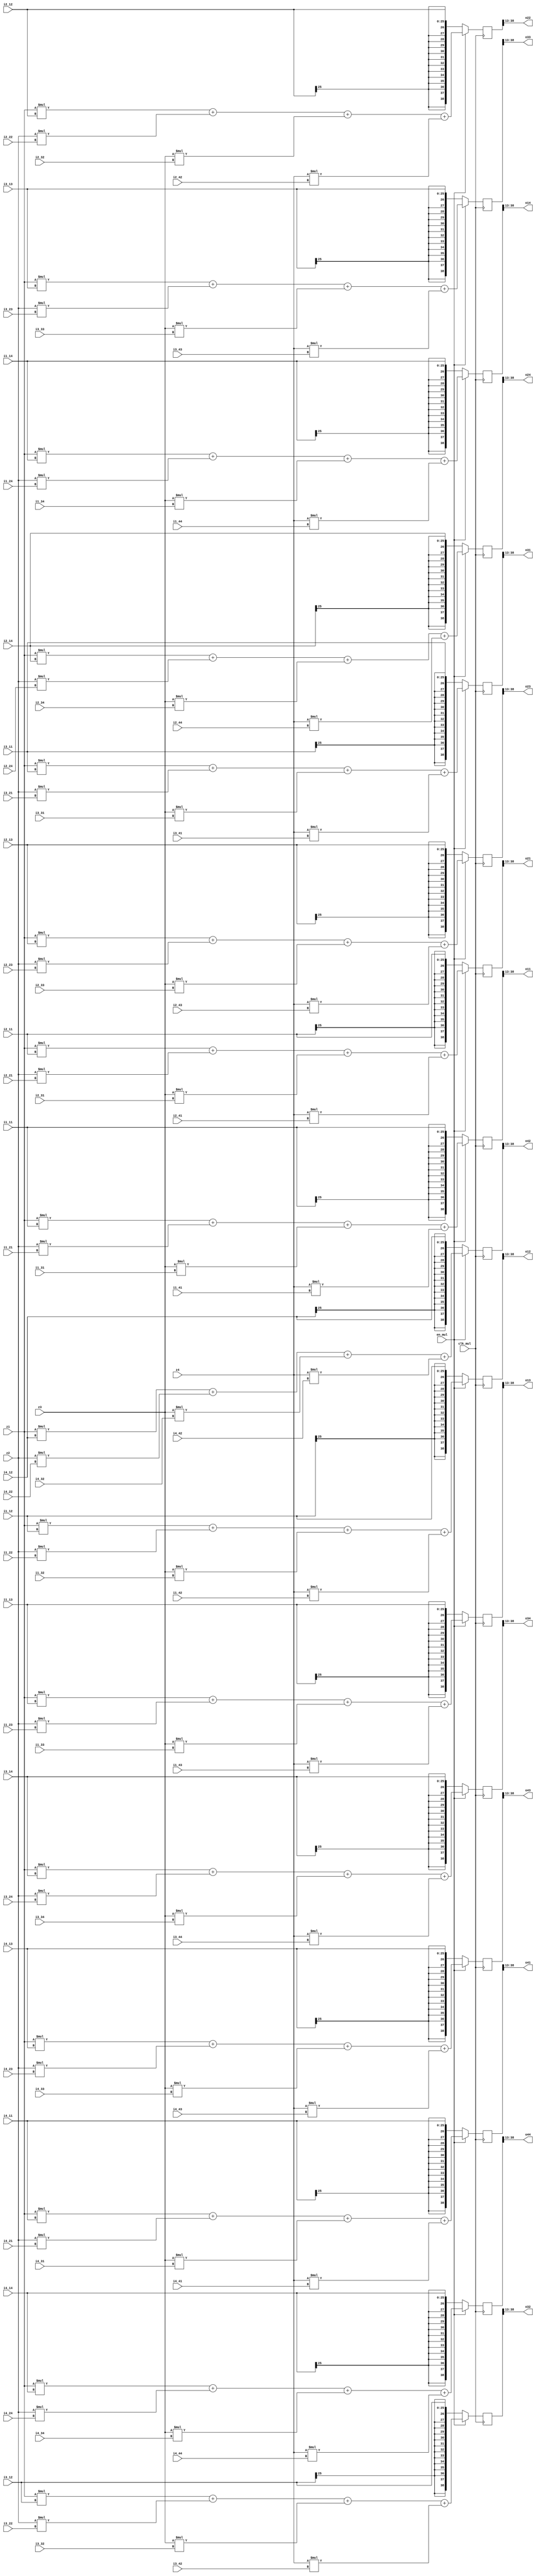
module ONE_UNIT_MUL4 (
    input clk_mul,
    input en_mul,
    
    // z
    input signed [25:0] z1, z2, z3, z4,

    // (zTw)^3
    input signed [25:0] i1_11, i1_12, i1_13, i1_14,
    input signed [25:0] i1_21, i1_22, i1_23, i1_24,
    input signed [25:0] i1_31, i1_32, i1_33, i1_34,
    input signed [25:0] i1_41, i1_42, i1_43, i1_44,
    
    input signed [25:0] i2_11, i2_12, i2_13, i2_14,
    input signed [25:0] i2_21, i2_22, i2_23, i2_24,
    input signed [25:0] i2_31, i2_32, i2_33, i2_34,
    input signed [25:0] i2_41, i2_42, i2_43, i2_44,

    input signed [25:0] i3_11, i3_12, i3_13, i3_14,
    input signed [25:0] i3_21, i3_22, i3_23, i3_24,
    input signed [25:0] i3_31, i3_32, i3_33, i3_34,
    input signed [25:0] i3_41, i3_42, i3_43, i3_44,

    input signed [25:0] i4_11, i4_12, i4_13, i4_14,
    input signed [25:0] i4_21, i4_22, i4_23, i4_24,
    input signed [25:0] i4_31, i4_32, i4_33, i4_34,
    input signed [25:0] i4_41, i4_42, i4_43, i4_44,

    output signed [25:0] o11, o12, o13, o14,
    output signed [25:0] o21, o22, o23, o24,
    output signed [25:0] o31, o32, o33, o34,
    output signed [25:0] o41, o42, o43, o44
);

reg signed [51:0] o11_52, o12_52, o13_52, o14_52;
reg signed [51:0] o21_52, o22_52, o23_52, o24_52;
reg signed [51:0] o31_52, o32_52, o33_52, o34_52;
reg signed [51:0] o41_52, o42_52, o43_52, o44_52;

assign o11 = o11_52[38:13];
assign o12 = o12_52[38:13];
assign o13 = o13_52[38:13];
assign o14 = o14_52[38:13];
assign o21 = o21_52[38:13];
assign o22 = o22_52[38:13];
assign o23 = o23_52[38:13];
assign o24 = o24_52[38:13];
assign o31 = o31_52[38:13];
assign o32 = o32_52[38:13];
assign o33 = o33_52[38:13];
assign o34 = o34_52[38:13];
assign o41 = o41_52[38:13];
assign o42 = o42_52[38:13];
assign o43 = o43_52[38:13];
assign o44 = o44_52[38:13];


always @(posedge clk_mul)
begin
    if (en_mul) begin
        // active
        o11_52 <= z1 * i1_11 + z2 * i1_21 + z3 * i1_31 + z4 * i1_41;
        o12_52 <= z1 * i1_12 + z2 * i1_22 + z3 * i1_32 + z4 * i1_42;
        o13_52 <= z1 * i1_13 + z2 * i1_23 + z3 * i1_33 + z4 * i1_43;
        o14_52 <= z1 * i1_14 + z2 * i1_24 + z3 * i1_34 + z4 * i1_44;

        o21_52 <= z1 * i2_11 + z2 * i2_21 + z3 * i2_31 + z4 * i2_41;
        o22_52 <= z1 * i2_12 + z2 * i2_22 + z3 * i2_32 + z4 * i2_42;
        o23_52 <= z1 * i2_13 + z2 * i2_23 + z3 * i2_33 + z4 * i2_43;
        o24_52 <= z1 * i2_14 + z2 * i2_24 + z3 * i2_34 + z4 * i2_44;
        
        o31_52 <= z1 * i3_11 + z2 * i3_21 + z3 * i3_31 + z4 * i3_41;
        o32_52 <= z1 * i3_12 + z2 * i3_22 + z3 * i3_32 + z4 * i3_42;
        o33_52 <= z1 * i3_13 + z2 * i3_23 + z3 * i3_33 + z4 * i3_43;
        o34_52 <= z1 * i3_14 + z2 * i3_24 + z3 * i3_34 + z4 * i3_44;
        
        o41_52 <= z1 * i4_11 + z2 * i4_21 + z3 * i4_31 + z4 * i4_41;
        o42_52 <= z1 * i4_12 + z2 * i4_22 + z3 * i4_32 + z4 * i4_42;
        o43_52 <= z1 * i4_13 + z2 * i4_23 + z3 * i4_33 + z4 * i4_43;
        o44_52 <= z1 * i4_14 + z2 * i4_24 + z3 * i4_34 + z4 * i4_44;
    end else begin
        o11_52 <= i1_11;
        o12_52 <= i1_12;
        o13_52 <= i1_13;
        o14_52 <= i1_14;

        o21_52 <= i2_11;
        o22_52 <= i2_12;
        o23_52 <= i2_13;
        o24_52 <= i2_14;
        
        o31_52 <= i3_11;
        o32_52 <= i3_12;
        o33_52 <= i3_13;
        o34_52 <= i3_14;
        
        o41_52 <= i4_11;
        o42_52 <= i4_12;
        o43_52 <= i4_13;
        o44_52 <= i4_14;
    end
end
    
endmodule